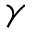
\gamma